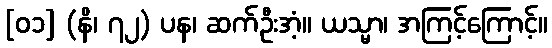
[၀၁] (နိ၊ ၇၂) ပန၊ ဆက်ဦးအံ့။ ယသ္မာ၊ အကြင့်ကြောင့်။